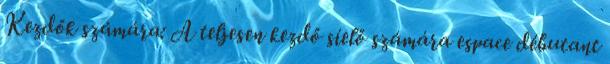
Kezdők számára: A teljesen kezdő síelő számára espace débutant